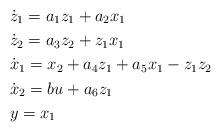
LaTeX: \begin{align*} &\dot{z}_{1}=a_{1}z_{1}+a_{2}x_{1} \\ &\dot{z}_{2}=a_{3}z_{2}+z_{1}x_{1} \\ &\dot{x}_{1} =x_{2}+a_{4}z_{1}+a_{5}x_{1} -z_{1}z_{2} \\&\dot{x}_{2}=bu+a_{6}z_{1}\\ &y= x_{1}\\ \end{align*}